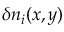
\delta n _ { i } ( x , y )